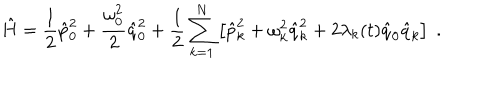
LaTeX: \hat { H } = \frac { 1 } { 2 } \hat { p } _ { 0 } ^ { 2 } + \frac { \omega _ { 0 } ^ { 2 } } { 2 } \hat { q } _ { 0 } ^ { 2 } + \frac { 1 } { 2 } \sum _ { k = 1 } ^ { N } \left[ \hat { p } _ { k } ^ { 2 } + \omega _ { k } ^ { 2 } \hat { q } _ { k } ^ { 2 } + 2 \lambda _ { k } ( t ) \hat { q } _ { 0 } \hat { q } _ { k } \right] \; .